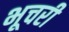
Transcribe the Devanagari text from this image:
भूचरी